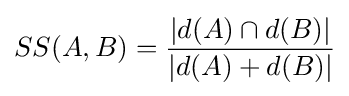
SS(A,B)={\frac {|d(A)\cap d(B)|}{|d(A)+d(B)|}}